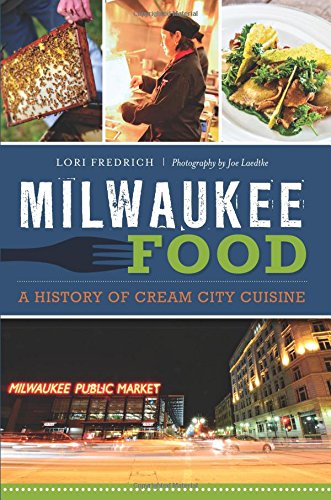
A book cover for Milwaukee Food: A History of Cream City Cuisine (American Palate); Lori Fredrich; Cookbooks, Food & Wine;